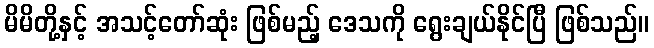
မိမိတို့နှင့် အသင့်တော်ဆုံး ဖြစ်မည့် ဒေသကို ရွေးချယ်နိုင်ပြီ ဖြစ်သည်။